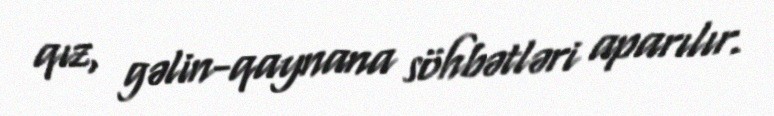
qız, gəlin-qaynana söhbətləri aparılır.